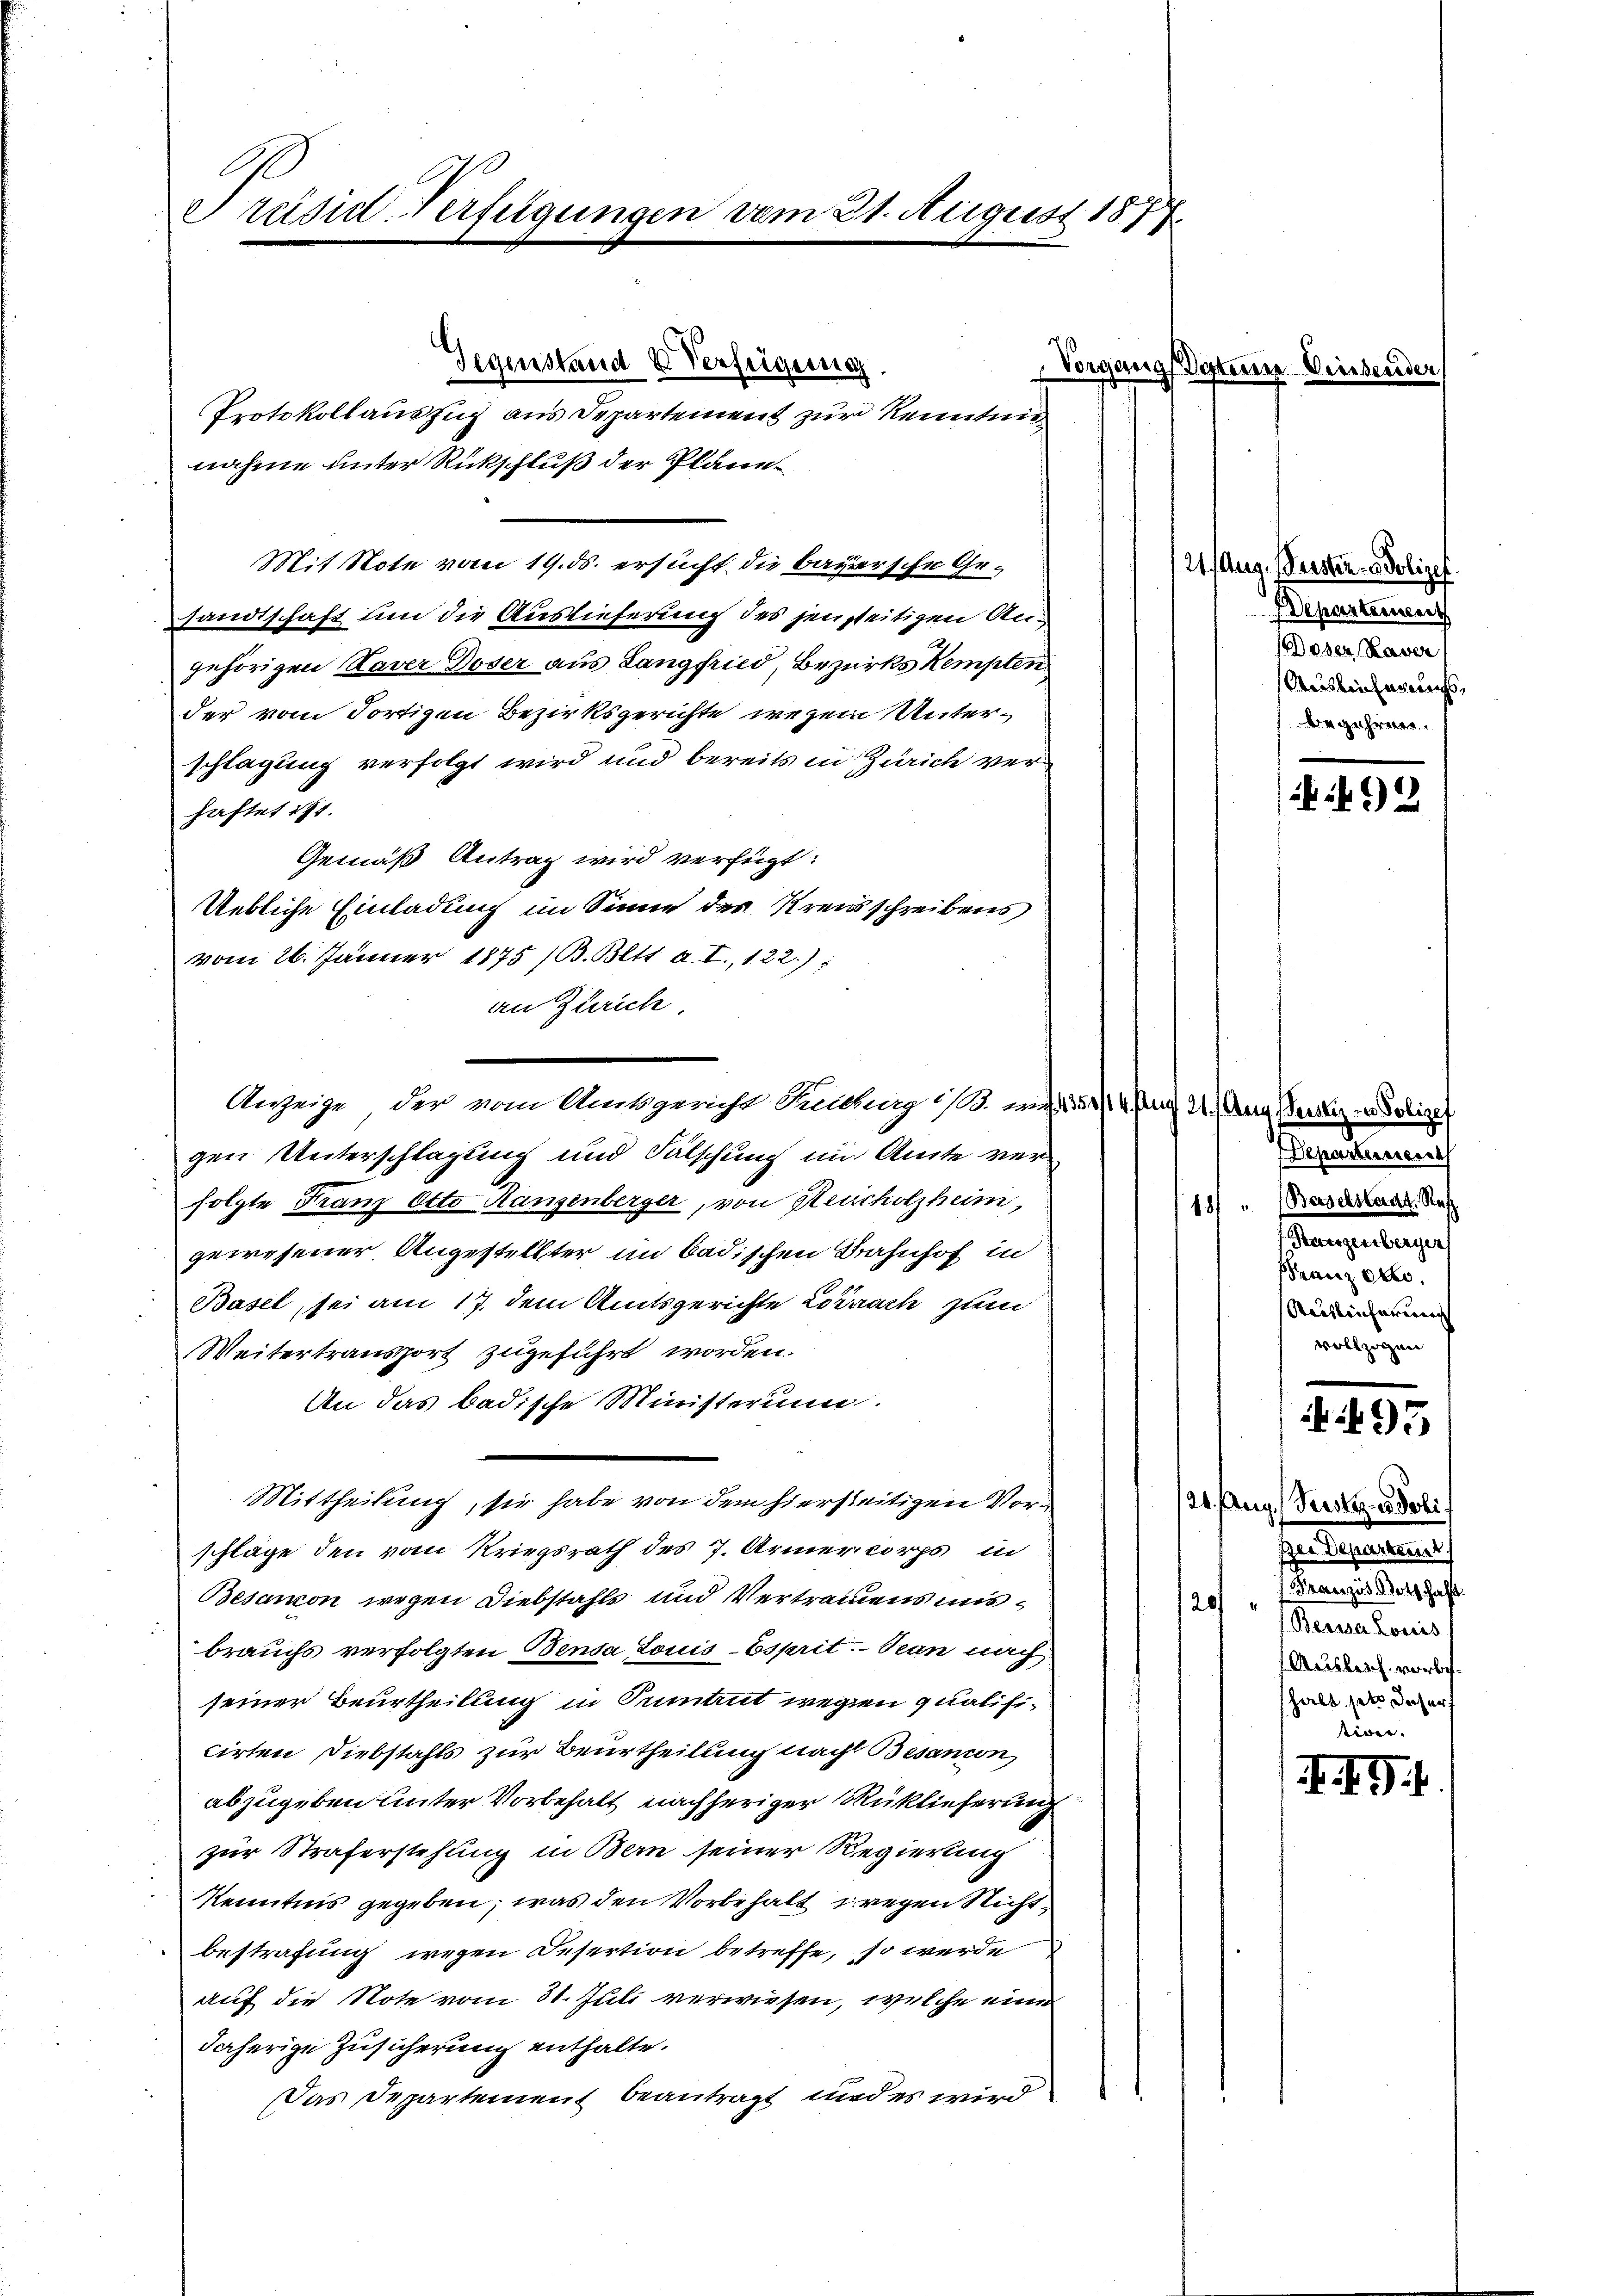
Präsid-Verfügungen vom 21. August 187

Gegenstand Verfügen

Anzeige, der vom Amtsgericht Rechag ist. i 153. 4 Puff 21. Aug. Perstiz un

Von

Protokollauszug aus Departement zur Kenntni
nahme unter Rückschluß der Pläne
Mit Note vom 19. ds. ersucht die bayersche Gesandtschaft um die Auslieferung des jenseitigen Angehörigen Kaver Doser aus Langfried, Bezirks Kempten
der vom dortigen Bezirksgerichte wegen Unterschlagung verfolgt wird und bereits in Zürich verhaftet 111.
Gemäß Antrag wird verfügt:
Uebliche Einladung im Sinne des Kreisschreibens
vom 26. Jänner 1875 (B. Bett a. I., 122.)
an Zürich
gen Unterschlagung und Fälschung im Amte verfolgte Franz Otto Kanzenberger, von Heucholzheim,
gewesener Angestellter im badischen Bahnhof in
Basel sei am 17. dem Amtsgerichte Lörrach zum
Weitertransport zugeführt worden.
An das badische Ministerium.
Mittheilung, sie habe von dem hierseitigen Vorschläge den vom Kriegsrath des 7. Armercorps in
Besamon wegen Diebstahls und Vertrauens mitbrauchs verfolgten Benda Louis-Esprit--Tean nach
seiner Beurtheilung in Summaut wegen qualificirten Diebstahls zur Beurtheilung nach Besandon,
abzugeben unter Vorbehalt nachheriger Rüklieferung
zur Straferstehung in Bern seiner Regierung
Kenntnis gegeben, was den Vorbehalt wegen Richtbestrafung wegen Desertion betreffe, so werde
auf die Note vom 31. Juli verwiesen, welche eine
daherige Zusicherung enthalte.
Das Departement beantragt, und es wird

121. Aug. Geister - Polizei.
Departement
oser Raver
Auslieferungsaehrerer

Departens
187 " (Baselstadt Ref

2

Hangerbergen
Franz etto.
Ausleicherung
vollzogen

)

121. Aug. Versten u Poli
Der Departem
Französ. Koth haft.
20
Bernsa Louis
Ausleich vorbeh
fhalt hat daher

. . . .